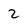
Character: 2